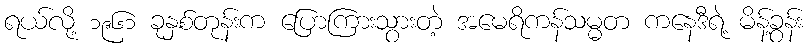
ရယ်လို့ ၁၉၆၁ ခုနှစ်တုန်းက ပြောကြားသွားတဲ့ အမေရိကန်သမ္မတ ကနေဒီရဲ့ မိန့်ခွန်း